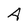
Character: A